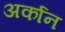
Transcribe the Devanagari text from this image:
अर्कान